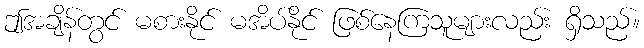
ဤအချိန်တွင် မစားနိုင် မအိပ်နိုင် ဖြစ်နေကြသူများလည်း ရှိသည်။